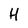
Character: H